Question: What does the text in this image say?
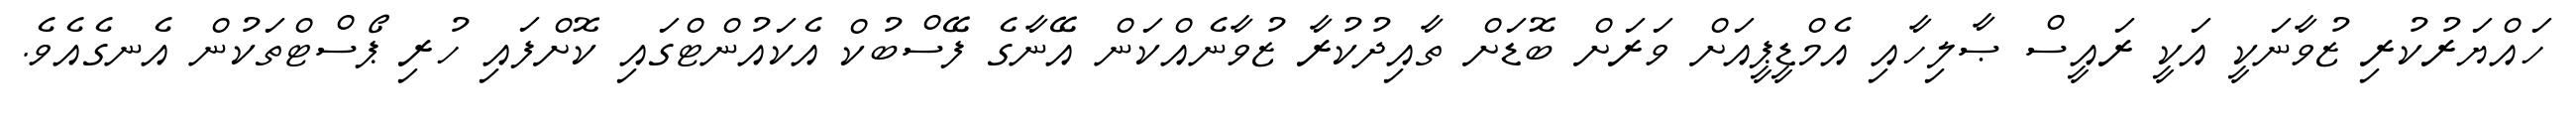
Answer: ހައްޔަރުކުރި ޒުވާނަކީ އަކީ ރައީސް ޞާލިހާއި އެމްޑީޕީއަށް ވަރަށް ބޮޑަށް ތާއިދުކުރާ ޒުވާނެއްކަން އޭނާގެ ފޭސްބުކް އެކައުންޓްގައި ކޮށްފައި ހުރި ޕޯސްޓްތަކުން އެނގެއެވެ.